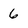
Character: 6